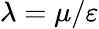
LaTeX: \lambda=\mu/\varepsilon